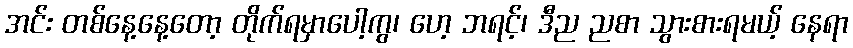
အင်း တစ်နေ့နေ့တော့ တိုက်ရမှာပေါ့ကွ၊ ဟေ့ ဘရင့်၊ ဒီည ညစာ သွားစားရမယ့် နေရာ